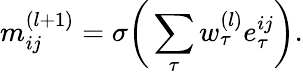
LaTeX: m_{ij}^{(l+1)}=\sigma\bigg(\sum_{\tau}w_{\tau}^{(l)}e_{\tau}^{ij}\bigg).